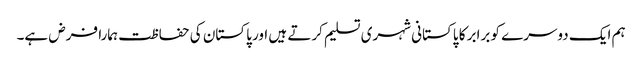
ہم ایک دوسرے کو برابر کا پاکستانی شہری تسلیم کرتے ہیں اور پاکستان کی حفاظت ہمارا فرض ہے۔